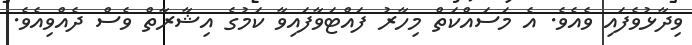
ވިދާޅުވެފައި ވެއެވެ. އެ މަސައްކަތް މިހާރު ފައްޓަވާފައިވާ ކަމުގެ އިޝާރާތް ވެސް ދެއްވިއެވެ.